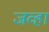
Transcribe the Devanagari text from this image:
जव्हा